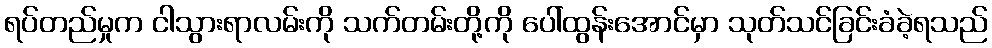
ရပ်တည်မှုက ငါသွားရာလမ်းကို သက်တမ်းတို့ကို ပေါ်ထွန်းအောင်မှာ သုတ်သင်ခြင်းခံခဲ့ရသည်